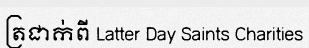
ត្រជាក់ពី Latter Day Saints Charities